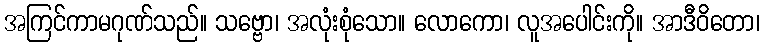
အကြင်ကာမဂုဏ်သည်။ သဗ္ဗော၊ အလုံးစုံသော။ လောကော၊ လူအပေါင်းကို။ အာဒီဝိတော၊